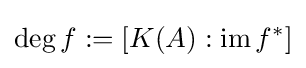
\deg f:=[K(A):\operatorname {im} f^{*}]